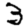
Digit: 3